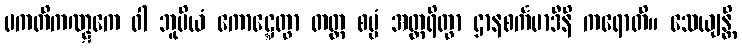
ပကတိကဏ္ဋကေ ဝါ ဘူမိယံ ကောဋ္ဋေတွာ တတ္ထ စမ္မံ အတ္ထရိတွာ ဌာနစင်္ကမာဒီနိ ကရောတိ။ သေယျန္တိ